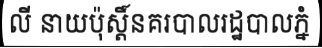
លី នាយប៉ុស្តិ៍នគរបាលរដ្ឋបាលភ្នំ